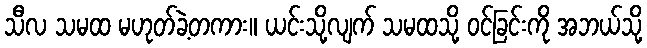
သီလ သမထ မဟုတ်ခဲ့တကား။ ယင်းသို့လျက် သမထသို့ ဝင်ခြင်းကို အဘယ်သို့